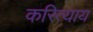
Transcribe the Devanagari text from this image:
करित्याय